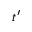
t ^ { \prime }